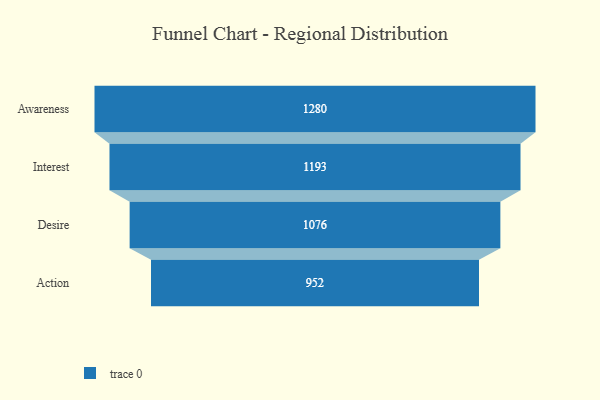
{"axis": {"x": "Stage", "y": "Value"}, "legend": [""], "data": [{"x": "Awareness", "y": 1280.0, "type": ""}, {"x": "Interest", "y": 1193.0, "type": ""}, {"x": "Desire", "y": 1076.0, "type": ""}, {"x": "Action", "y": 952.0, "type": ""}]}